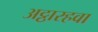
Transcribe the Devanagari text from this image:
अट्ठारहवा